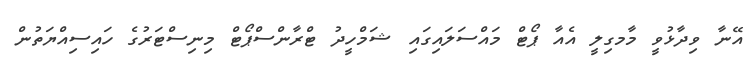
އޭނާ ވިދާޅުވީ މާމގިލީ އެއާ ޕޯޓް މައްސަލައިގައި ޝަމްހީދު ޓްރާންސްޕޯޓް މިނިސްޓަރުގެ ހައިސިއްޔަތުން